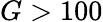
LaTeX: G>100